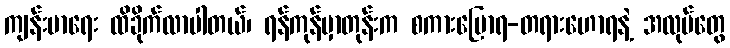
ကျန်းမာရေး ထိခိုက်လာပါတယ်၊ ရန်ကုန်မှာတုန်းက စကားပြောရ-တရားဟောရနဲ့ အလုပ်တွေ